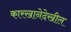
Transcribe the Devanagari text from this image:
कारखानेदेखील